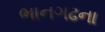
ભાનગઢના